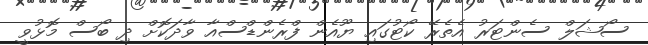
ސޯޝަލް ސެންޓަރު އެތެރޭ ކޯޓުގައި ޔޫއެން ފްރެންޑްސްއާ ވާދަކޮށް ދި ބޯސް މޮޅުވީ